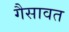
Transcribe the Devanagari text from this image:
गैसावत